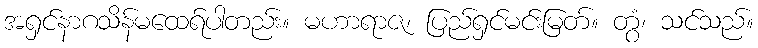
အရှင်နာဂသိန်မထေရ်ပါတည်း။ မဟာရာဇ၊ ပြည်ရှင်မင်းမြတ်။ တွံ၊ သင်သည်။